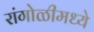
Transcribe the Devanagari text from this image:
रांगोळीमध्ये